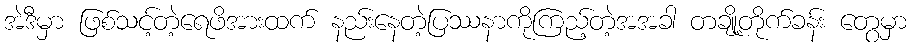
အဲဒီမှာ ဖြစ်သင့်တဲ့ရေဖိအားထက် နည်းနေတဲ့ပြဿနာကိုကြည့်တဲ့အအခါ တချို့တိုက်ခန်း တွေမှာ